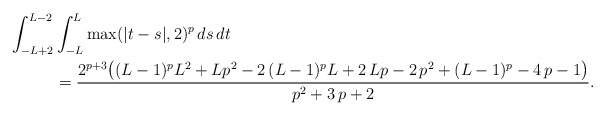
\begin{align*} \int_{-L+2}^{L-2} & \int_{-L}^L \max(|t-s|,2)^p \, ds\, dt \\ &= {\frac{ 2^{p+3} \bigl( ( L-1)^{p}{L}^{2} + L {p}^{2} - 2\,( L-1)^{p} L + 2\, L p -2\,{p}^{2} +(L-1)^{p} - 4\,p -1 \bigr)} {{p}^{2}+3\,p+2}}. \end{align*}